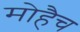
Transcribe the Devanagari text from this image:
मोहैच